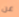
عن